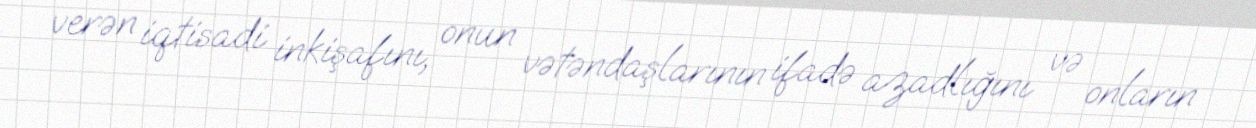
verən iqtisadi inkişafını, onun vətəndaşlarının ifadə azadlığını və onların